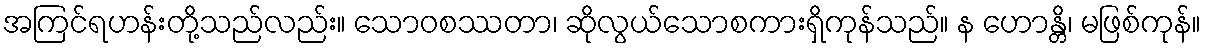
အကြင်ရဟန်းတို့သည်လည်း။ သောဝစဿတာ၊ ဆိုလွယ်သောစကားရှိကုန်သည်။ န ဟောန္တိ၊ မဖြစ်ကုန်။